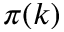
\pi ( k )